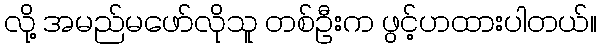
လို့ အမည်မဖော်လိုသူ တစ်ဦးက ဖွင့်ဟထားပါတယ်။